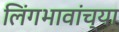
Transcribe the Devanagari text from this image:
लिंगभावांच्या